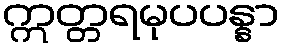
ဣတ္တရမုပပန္နာ